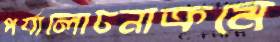
পর্যালোচনাক্রমে